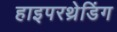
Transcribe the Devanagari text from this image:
हाइपरथ्रेडिंग